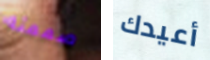
صممته أعيدك